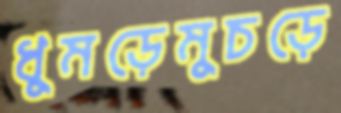
ধুমড়েমুচড়ে